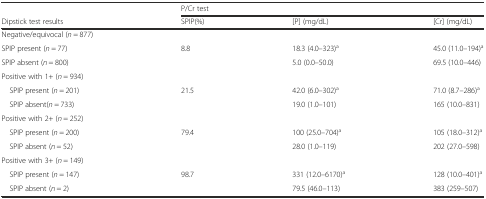
<table><thead><tr><td></td><td colspan="3"><b>P/Cr test</b></td></tr><tr><td><b>Dipstick test results</b></td><td><b>SPIP(%)</b></td><td><b>[P] (mg/dL)</b></td><td><b>[Cr] (mg/dL)</b></td></tr></thead><tbody><tr><td>Negative/equivocal (<i>n</i> = 877)</td><td></td><td></td><td></td></tr><tr><td>SPIP present (<i>n</i> = 77)</td><td>8.8</td><td>18.3 (4.0–323)<sup>a</sup></td><td>45.0 (11.0–194)<sup>a</sup></td></tr><tr><td>SPIP absent (<i>n</i> = 800)</td><td></td><td>5.0 (0.0–50.0)</td><td>69.5 (10.0–446)</td></tr><tr><td>Positive with 1+ (<i>n</i> = 934)</td><td></td><td></td><td></td></tr><tr><td> SPIP present (<i>n</i> = 201)</td><td>21.5</td><td>42.0 (6.0–302)<sup>a</sup></td><td>71.0 (8.7–286)<sup>a</sup></td></tr><tr><td> SPIP absent(<i>n</i> = 733)</td><td></td><td>19.0 (1.0–101)</td><td>165 (10.0–831)</td></tr><tr><td>Positive with 2+ (<i>n</i> = 252)</td><td></td><td></td><td></td></tr><tr><td> SPIP present (<i>n</i> = 200)</td><td>79.4</td><td>100 (25.0–704)<sup>a</sup></td><td>105 (18.0–312)<sup>a</sup></td></tr><tr><td> SPIP absent (<i>n</i> = 52)</td><td></td><td>28.0 (1.0–119)</td><td>202 (27.0–598)</td></tr><tr><td>Positive with 3+ (<i>n</i> = 149)</td><td></td><td></td><td></td></tr><tr><td> SPIP present (<i>n</i> = 147)</td><td>98.7</td><td>331 (12.0–6170)<sup>a</sup></td><td>128 (10.0–401)<sup>a</sup></td></tr><tr><td> SPIP absent (<i>n</i> = 2)</td><td></td><td>79.5 (46.0–113)</td><td>383 (259–507)</td></tr></tbody></table>